Report on the bubonic plague in Bombay, 1896-1897
Year: 1896
Disease focus: Plague
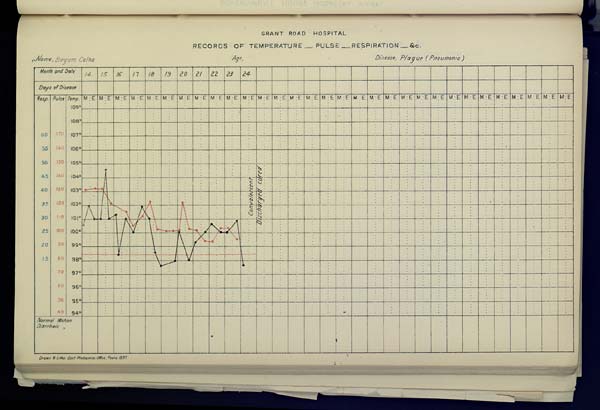
GRANT ROAD HOSPITAL
RECORDS OF TEMPERATURE __ PULSE __ RESPIRATION __ &c.
Name,
Begum
Calha
Age,
Disease,
Plague
(Pneumonic)
Drawn & Litho Govt. Photozinco, Office, Poona 1897.